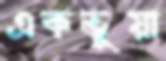
একভুয়া